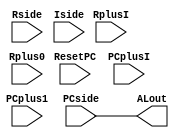
//----------------------------------------------------------------------
//--SAYEH (Simple Architecture Yet Enough Hardware) CPU
//----------------------------------------------------------------------
// Address Logic

`timescale 1 ns /1 ns

module AddressLogic (
	PCside, Rside, Iside, ALout, ResetPC, PCplusI, PCplus1, RplusI, Rplus0
);
input [15:0] PCside, Rside;
input [7:0] Iside;
input ResetPC, PCplusI, PCplus1, RplusI, Rplus0;
output [15:0] ALout;
reg [15:0] ALout;		//regalwaysProgramCounter
							//alwaysALout_regassignALoutALout_reg

	always @(PCside or Rside or Iside or ResetPC or PCplusI or PCplus1 or RplusI or Rplus0)
		case ({ResetPC, PCplusI, PCplus1, RplusI, Rplus0})
		//	5'b10000: //add your code
		//	5'b01000: //add your code
		//	5'b00100: //add your code
		//	5'b00010: //add your code		//Complement to 16 bits
		//	5'b00001: //add your code
			default: ALout = PCside;
		endcase

endmodule